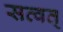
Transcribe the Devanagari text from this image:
सत्वत्